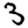
Digit: 3